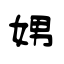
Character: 娚